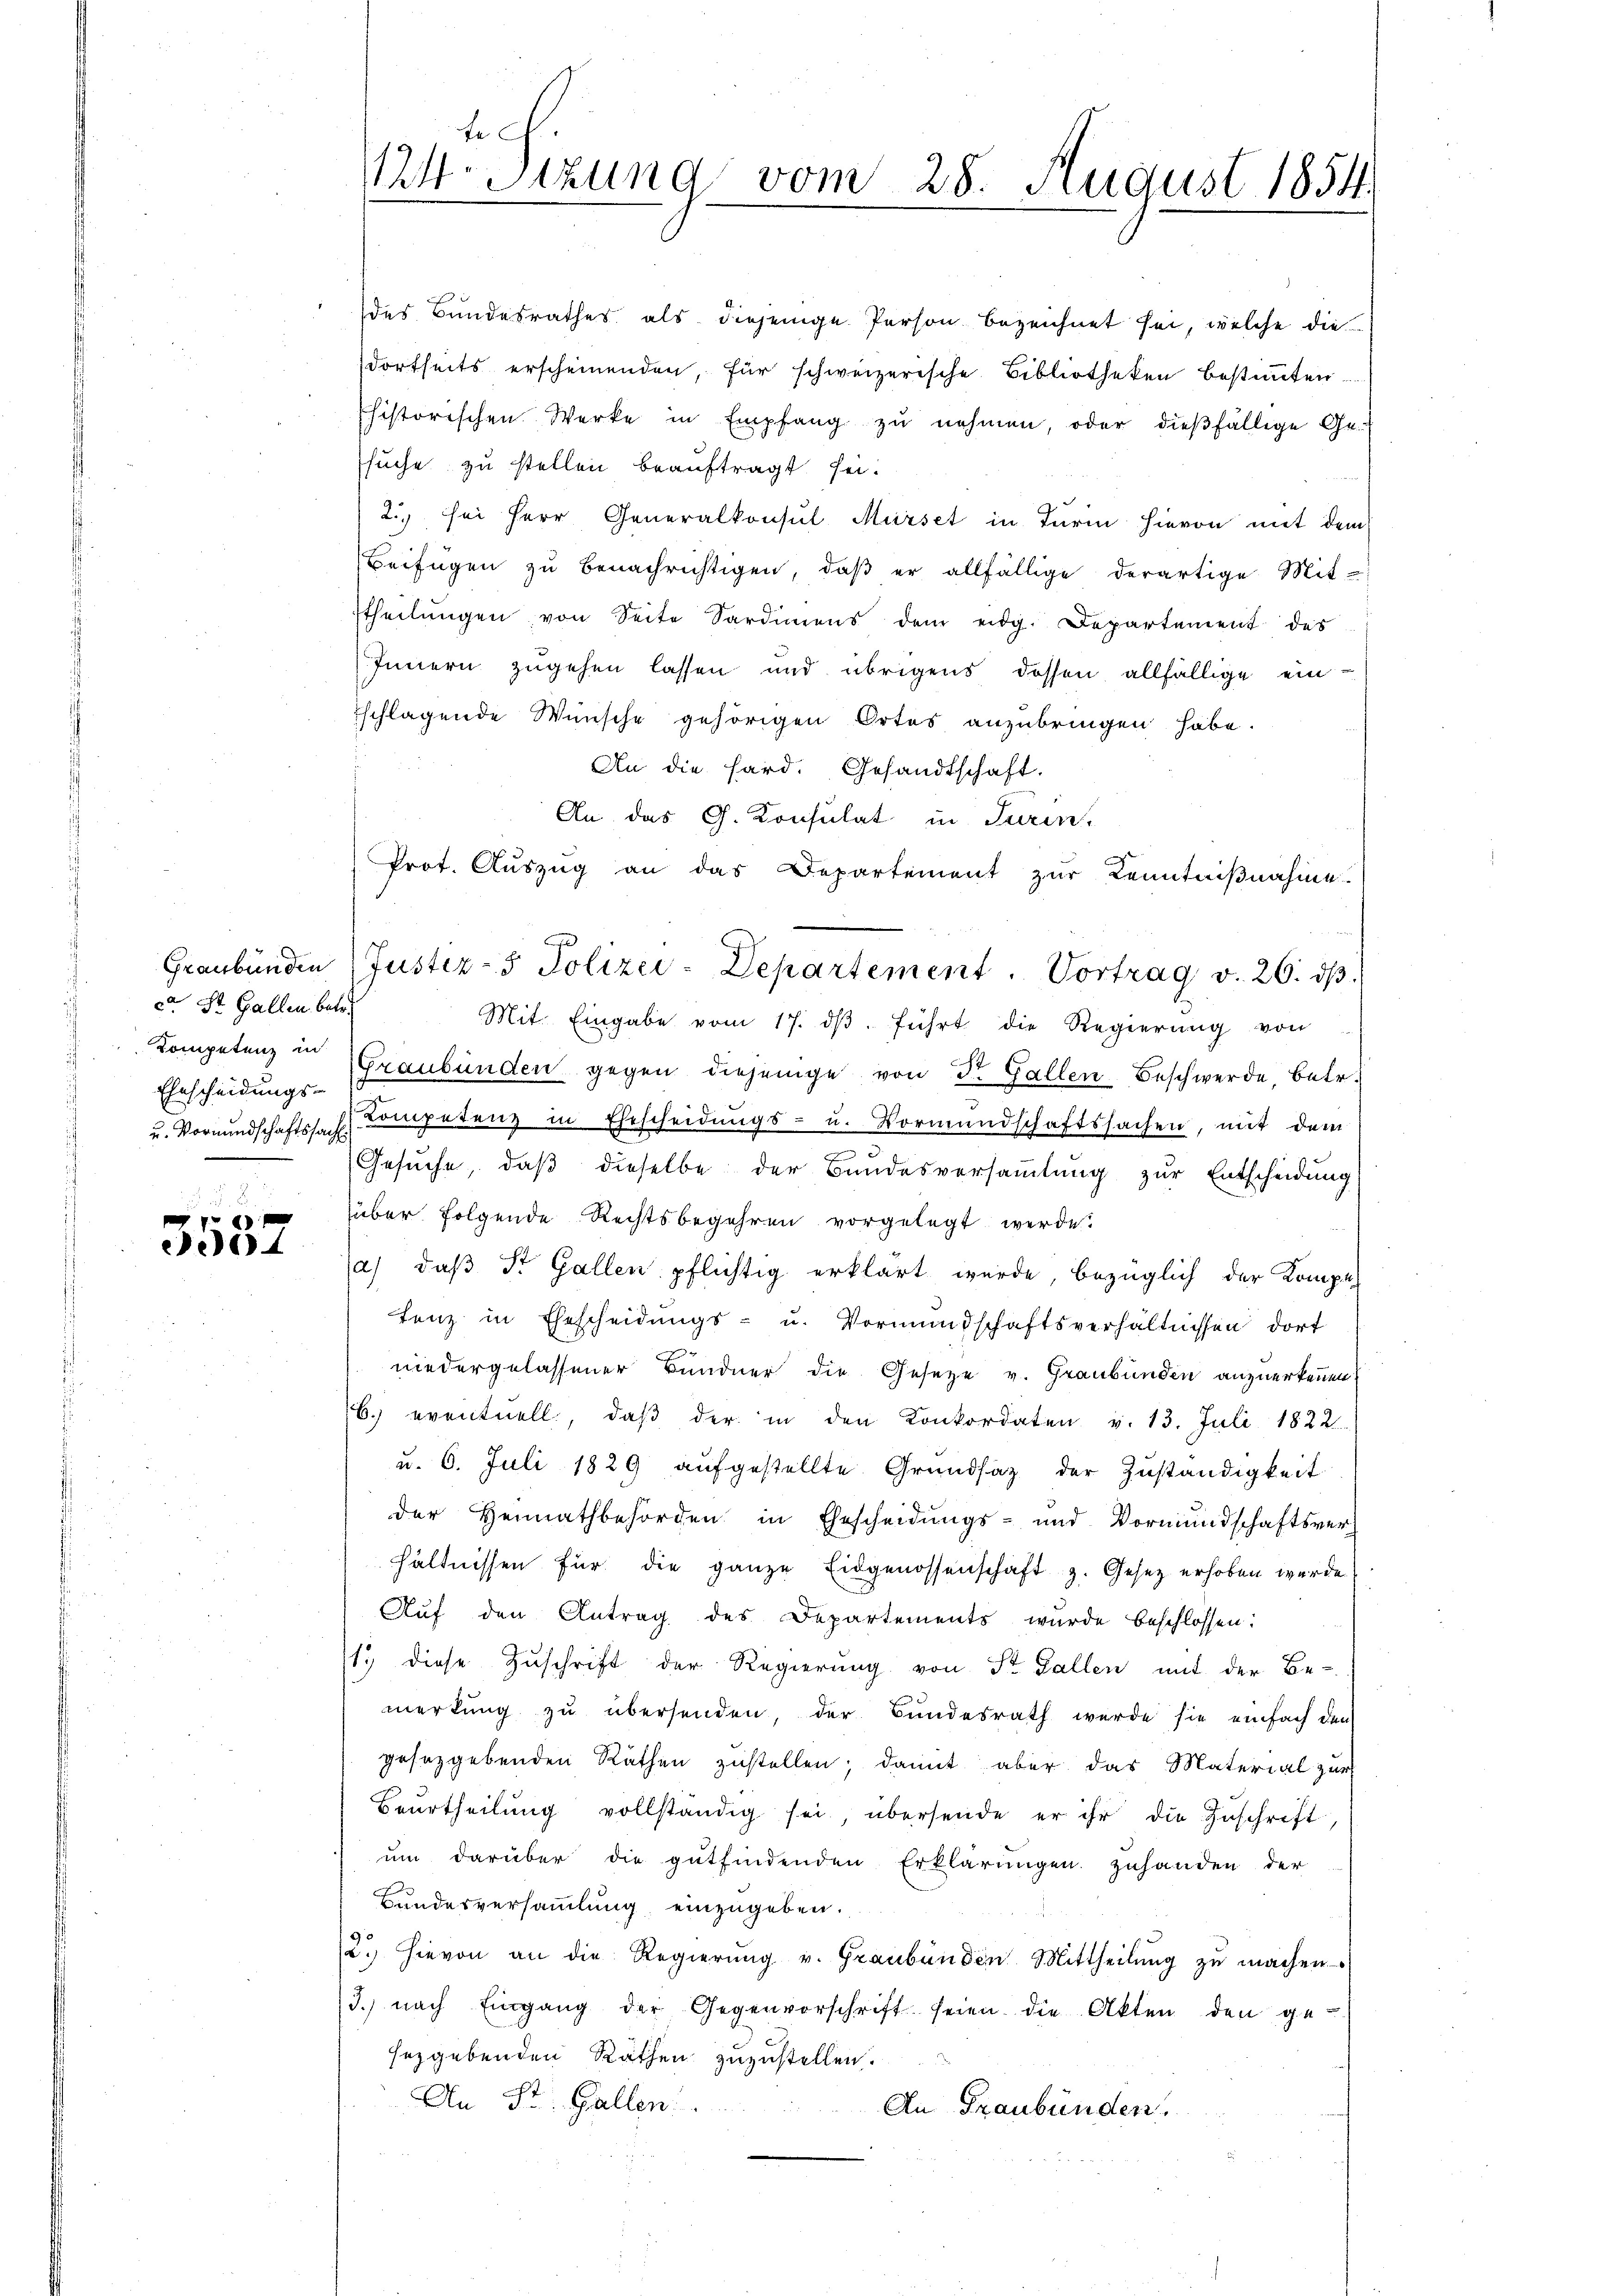
ca St. Gallen betr.
Ehescheidungs-

e

des Bundesrathes als diejenige Person bezeichnet sei, welche die
dortseits erscheinenden, für schweizerische Bibliotheken bestimmten.
Chistorischen Werke in Empfang zŭ nehmen, oder dießfällige Ge-
suche zu stellen beauftragt sei.
2., sei Herr Generalkonsul Mürset in Turin hievon mit dem
Beifügen zŭ benachrichtigen, daβ er allfällige derartige Mit-
ttheilŭngen von Seite Sardimens dem eidg. Departement des
Innern zugehen lassen und übrigens dessen allfällige einschlagende Wünsche gehörigen Ortes anzubringen habe.
An die Hard. Gesandtschaft.
An das G. Konsulat in Turin
Prot. Aŭszŭg an das Departement zŭr Kenntniβnahme.
Mit Eingabe vom 17. dβ. führt die Regierŭng von
Kompetenz in Graubünden gegen diejenige von Dr. Gallen Beschwerde, betr.
u. Vormŭndschaftssah. Competenz in Ehescheidungs- u. Vormundschaftssachen, mit dem
Gesuche, daß dieselbe der Bundesversammlung zur Entscheidung
über folgende Rechtsbegehren vorgelegt werde.
(a), daß St. Gallen pflichtig erklärt wurde, bezüglich der Kompetenz in Ehescheidŭngs- u. Vormundschaftsverhältnissen dort
niedergelassener Bundner die Gesetze v. Graubünden anzuerkennen
b. eventuell, daβ der in den Konkordaten v. 13. Juli 1822
u. 6. Juli 1829 aufgestellte Grundsaz der Zuständigkeit
der Heimathbehörden in Ehescheidungs- und Vormundschaftsver-
hältnissen für die ganze Eidgenossenschaft z. Gesetz erhoben wurde
Auf den Antrag des Departements wurde beschlossen:
13 diese Zuschrift der Regierung von St. Gallen mit der Be-
merkung zu übersenden, der Bundesrath wurde sie einfach den
gesetzgebenden Räthen zustellen; damit aber das Material zur
Beurtheilung vollständig sei, übersende er ihr die Zuschrift
um darüber die gutfindenden Erklärungen zuhanden der
Bundesversammlung einzugeben.
2. Hievon an die Regierŭng v. Graubünden Mittheilŭng zŭ machen
J. nach Eingang der Gegenvorschrift seien die Akten den ge-
sezgebenden Räthen zuzustellen.
An St. Gallen
An Graubünden.

fe
24 Stzung vom 28. August 1854.

Graubünden (Juster- Polizei-Departement. Vortrag v. 26. dβ.